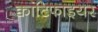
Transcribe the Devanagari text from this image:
क्वांटिफाइयर